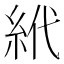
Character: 𱹮